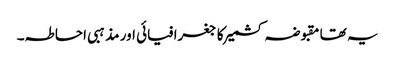
یہ تھا مقبوضہ کشمیر کا جغرافیائی اور مذہبی احاطہ۔